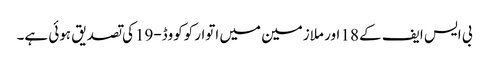
بی ایس ایف کے 18 اور ملازمین میں اتوار کوکووڈ-19کی تصدیق ہوئی ہے۔